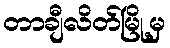
တာချီလိတ်မြို့မှ